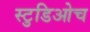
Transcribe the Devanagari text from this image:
स्टुडिओच